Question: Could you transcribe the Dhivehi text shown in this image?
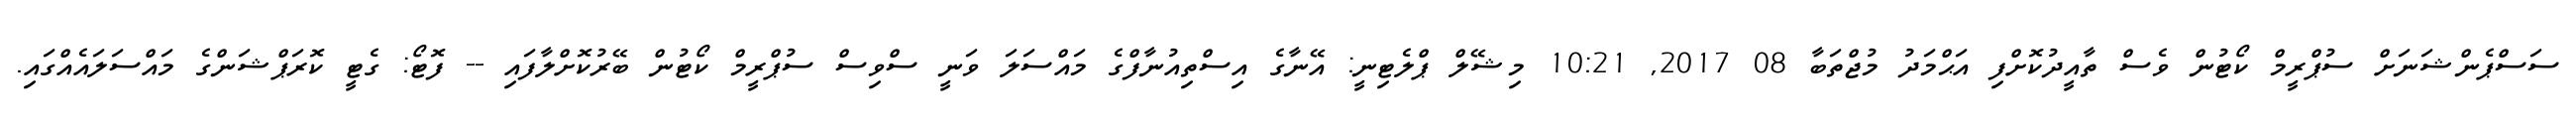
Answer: ސަސްޕެންޝަނަށް ސުޕްރީމް ކޯޓުން ވެސް ތާއީދުކޮށްފި އަޙްމަދު މުޖްތަބާ 08 2017, 10:21 މިޝޭލް ޕްލެޓިނީ: އޭނާގެ އިސްތިއުނާފްގެ މައްސަލަ ވަނީ ސްވިސް ސުޕްރީމް ކޯޓުން ބޭރުކޮށްލާފައި -- ފޮޓޯ: ގެޓީ ކޮރަޕްޝަންގެ މައްސަލައެއްގައި.